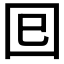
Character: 𡆳